Problem: 6 × 6 = ?
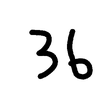
Handwritten answer: 36